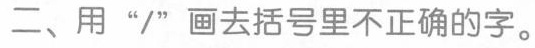
二、用”/”画去括号里不正确的字。